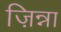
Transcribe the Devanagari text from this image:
ज़िन्ना